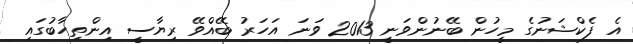
އެ ފެކްޝަނުގެ މީހުން ބޭނުންވަނީ 2013 ވަނަ އަހަރު ބޭއްވޭ ރިޔާސީ އިންތިހާބުގައި